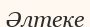
Әлтеке